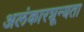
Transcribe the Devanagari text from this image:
अलंकारशून्यता